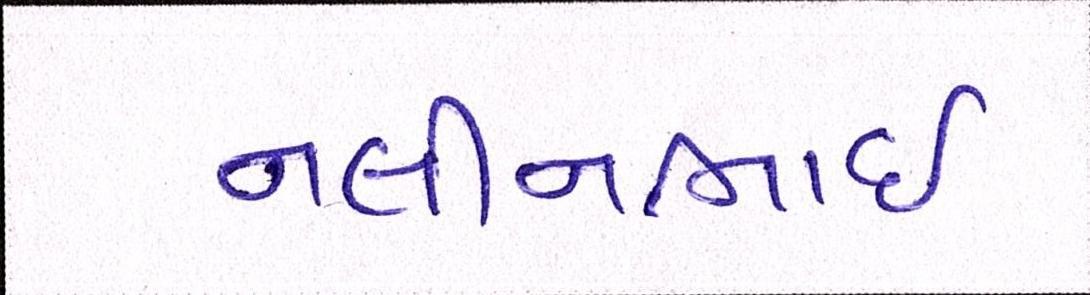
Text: નલીનભાઈ